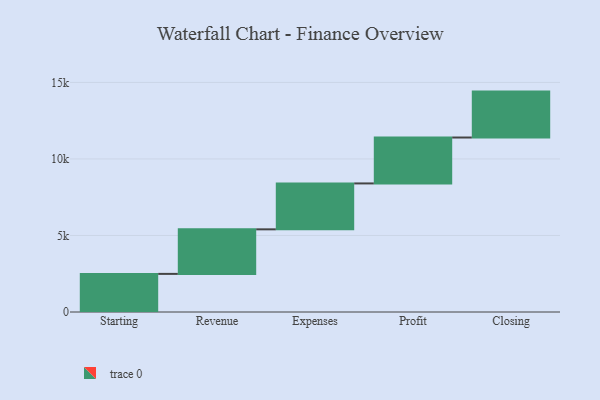
{"axis": {"x": "Step", "y": "Value"}, "legend": [""], "data": [{"x": "Starting", "y": 2490.0, "type": ""}, {"x": "Revenue", "y": 2911.0, "type": ""}, {"x": "Expenses", "y": 3000, "type": ""}, {"x": "Profit", "y": 3000, "type": ""}, {"x": "Closing", "y": 3000, "type": ""}]}